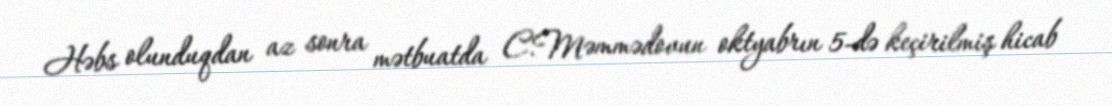
Həbs olunduqdan az sonra mətbuatda C.Məmmədovun oktyabrın 5-də keçirilmiş hicab